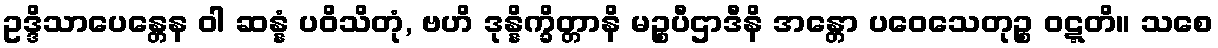
ဥဒ္ဒိသာပေန္တေန ဝါ ဆန္နံ ပဝိသိတုံ, ဗဟိ ဒုန္နိက္ခိတ္တာနိ မဉ္စပီဌာဒီနိ အန္တော ပဝေသေတုဉ္စ ဝဋ္ဋတိ။ သစေ